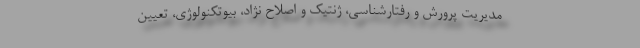
مدیریت پرورش و رفتارشناسی، ژنتیک و اصلاح نژاد، بیوتکنولوژی، تعیین